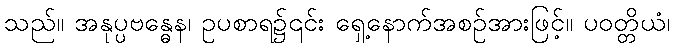
သည်။ အနုပ္ပဗန္ဓေန၊ ဥပစာရ၌၎င်း ရှေ့နောက်အစဉ်အားဖြင့်။ ပဝတ္တိယံ၊